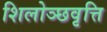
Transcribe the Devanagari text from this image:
शिलोञ्छवृत्ति